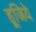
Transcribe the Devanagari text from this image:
हूजिये